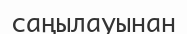
саңылауынан